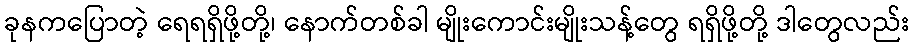
ခုနကပြောတဲ့ ရေရရှိဖို့တို့၊ နောက်တစ်ခါ မျိုးကောင်းမျိုးသန့်တွေ ရရှိဖို့တို့ ဒါတွေလည်း